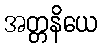
အတ္တနိယေ